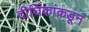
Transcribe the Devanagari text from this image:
दीर्घिकांकडून